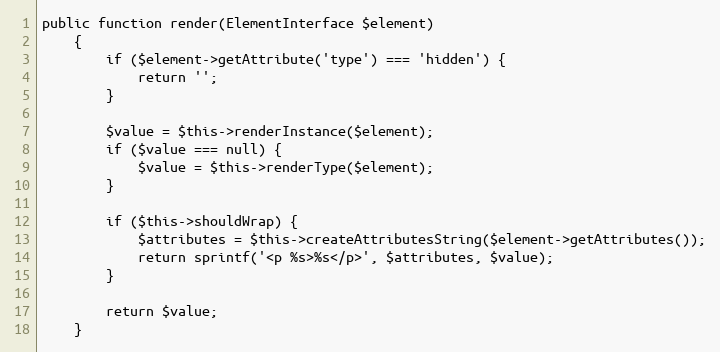
Language: PHP
public function render(ElementInterface $element)
    {
        if ($element->getAttribute('type') === 'hidden') {
            return '';
        }

        $value = $this->renderInstance($element);
        if ($value === null) {
            $value = $this->renderType($element);
        }

        if ($this->shouldWrap) {
            $attributes = $this->createAttributesString($element->getAttributes());
            return sprintf('<p %s>%s</p>', $attributes, $value);
        }

        return $value;
    }